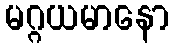
မဂ္ဂယမာနော